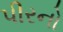
પીરનો